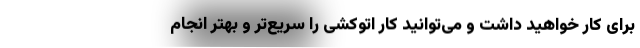
برای کار خواهید داشت و می‌توانید کار اتوکشی را سریع‌تر و بهتر انجام